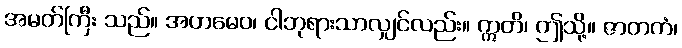
အမတ်ကြီး သည်။ အဟမေဝ၊ ငါဘုရားသာလျှင်လည်း။ ဣတိ၊ ဤသို့။ ဇာတကံ၊